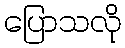
ပြောသလို